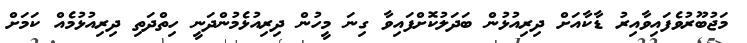
މަޖުބޫރުވެފައިވާއިރު ޑާކާއަށް ދިރިއުޅުން ބަދަލުކޮށްފައިވާ ގިނަ މީހުން ދިރިއުޅެމުންދަނީ ހިތްދަތި ދިރިއުޅުމެއް ކަމަށް